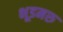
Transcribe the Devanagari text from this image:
भूडमरु